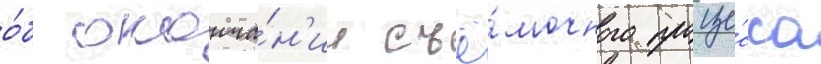
о́б оконча́н'ии съё́мочного проце́сса